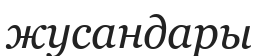
жусандары